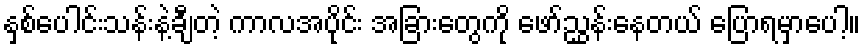
နှစ်ပေါင်းသန်းနဲ့ချီတဲ့ ကာလအပိုင်း အခြားတွေကို ဖော်ညွှန်းနေတယ် ပြောရမှာပေါ့။